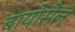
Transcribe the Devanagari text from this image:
बायोसेल